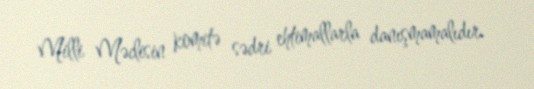
Milli Məclisin komitə sədri ehtimallarla danışmamalıdır.